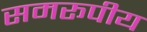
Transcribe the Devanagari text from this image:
समरूपीय